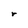
Character: r